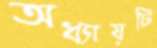
অধ্যায়টি